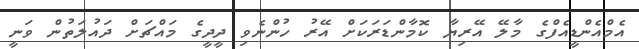
އެމްއެންޑީއެފްގެ މާލޭ އޭރިޔާ ކޮމާންޑަރަކަށް އޭރު ހުންނެވި ދީދީގެ މައްޗަށް ދައުލަތުން ވަނީ